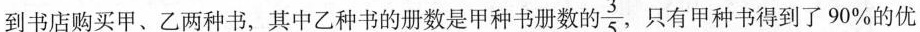
到书店购买甲、乙两种书，其中乙种书的册数是甲种书册数的35 $$\frac{3}{5}$$ 只有甲种书得到了90%的优